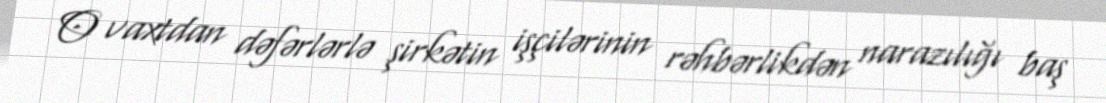
O vaxtdan dəfərlərlə şirkətin işçilərinin rəhbərlikdən narazılığı baş